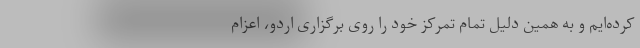
کرده‌ایم و به همین دلیل تمام تمرکز خود را روی برگزاری اردو، اعزام